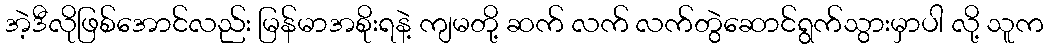
အဲ့ဒီလိုဖြစ်အောင်လည်း မြန်မာအစိုးရနဲ့ ကျမတို့ ဆက် လက် လက်တွဲဆောင်ရွက်သွားမှာပါ လို့ သူက